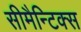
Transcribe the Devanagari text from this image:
सीमैन्टिक्स